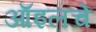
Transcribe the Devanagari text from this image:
ऑइलचे